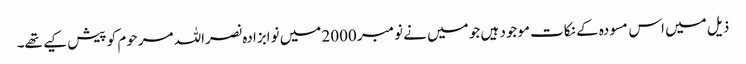
ذیل میں اس مسودہ کے نکات موجود ہیں جو میں نے نومبر 2000 میں نوابزادہ نصراللہ مرحوم کو پیش کیے تھے۔